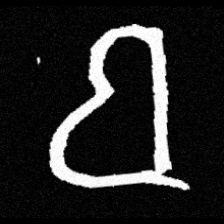
Pyu character \u2014 Myanmar letter: ဗ (romanized: ba)